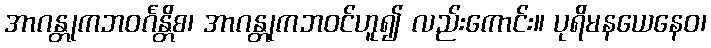
အာဂန္တုကဘဝင်္ဂန္တိစ၊ အာဂန္တုကဘဝင်ဟူ၍ လည်းကောင်း။ ပုရိမနယေနေဝ၊